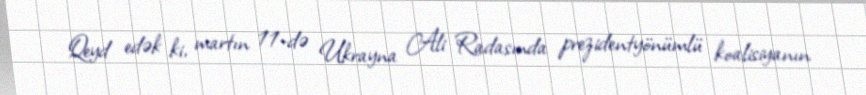
Qeyd edək ki, martın 11-də Ukrayna Ali Radasında prezidentyönümlü koalisiyanın